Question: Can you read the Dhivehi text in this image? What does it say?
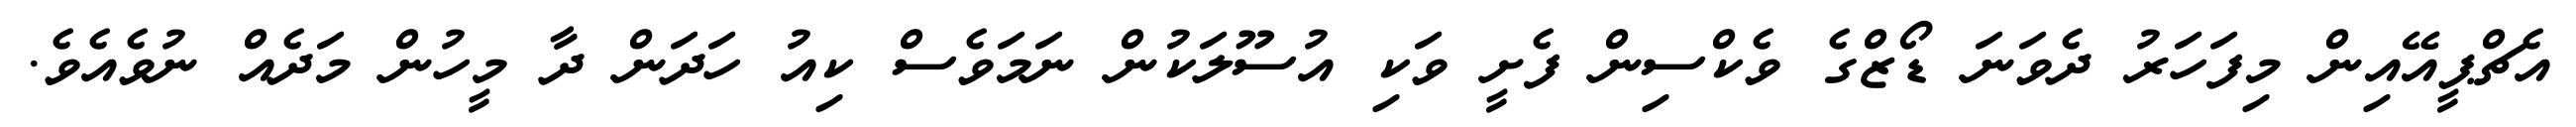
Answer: އެޗްޕީއޭއިން މިފަހަރު ދެވަނަ ޑޯޒްގެ ވެކްސިން ފެށީ ވަކި އުސޫލަކުން ނަމަވެސް ކިއު ހަދަން ދާ މީހުން މަދެއް ނުވެއެވެ.